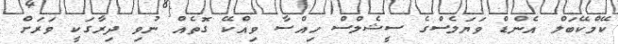
ކޭމްކޭބަލް އެންޑް ވަޔަލެސްގެ ސީޝެލްސް ހިއްސާ ވިއްކޭ ގޮތެއް ނުވި ދިރާގަކީ ވަރަށް